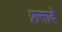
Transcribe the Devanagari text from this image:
प्रासादे